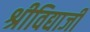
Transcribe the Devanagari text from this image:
श्रीविद्याजी